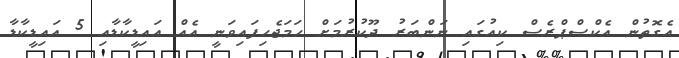
އެގޮތުން އެކްސްޕްރެސް ކިއުގައި ނަންބަރު ދޫކުރުމަށް ހަމަޖެހިފައިވަނީ އެއް އައިޑީކާޑާއި 5 އައިޑީކާޑާ